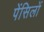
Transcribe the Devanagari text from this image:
पेंसिलों